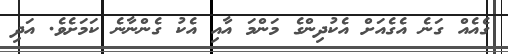
ގެއެއް ގަނެ އެގެއަށް އެކުދިންގެ މަންމަ އާއި އެކު ގެންނާނެ ކަމަށެވެ. އަދި